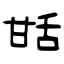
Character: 甛